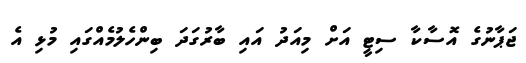
ޖަޕާނުގެ އޮސާކާ ސިޓީ އަށް މިއަދު އައި ބާރުގަދަ ބިންހެލުމެއްގައި މުޅި އެ